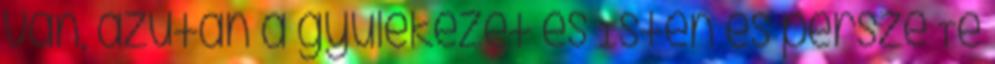
van, azután a gyülekezet és Isten és persze Te